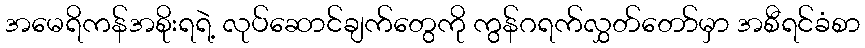
အမေရိကန်အစိုးရရဲ့ လုပ်ဆောင်ချက်တွေကို ကွန်ဂရက်လွှတ်တော်မှာ အစီရင်ခံစာ